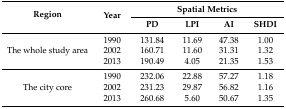
<table><thead><tr><td rowspan="2"><b>Region</b></td><td rowspan="2"><b>Year</b></td><td colspan="4"><b>Spatial Metrics</b></td></tr><tr><td><b>PD</b></td><td><b>LPI</b></td><td><b>AI</b></td><td><b>SHDI</b></td></tr></thead><tbody><tr><td rowspan="3">The whole study area</td><td>1990</td><td>131.84</td><td>11.69</td><td>47.38</td><td>1.00</td></tr><tr><td>2002</td><td>160.71</td><td>11.60</td><td>31.31</td><td>1.32</td></tr><tr><td>2013</td><td>190.49</td><td>4.05</td><td>21.35</td><td>1.53</td></tr><tr><td rowspan="3">The city core</td><td>1990</td><td>232.06</td><td>22.88</td><td>57.27</td><td>1.18</td></tr><tr><td>2002</td><td>231.23</td><td>29.87</td><td>56.82</td><td>1.16</td></tr><tr><td>2013</td><td>260.68</td><td>5.60</td><td>50.67</td><td>1.35</td></tr></tbody></table>